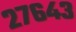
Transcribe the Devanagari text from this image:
२७६४३